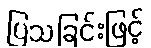
ပြသခြင်းဖြင့်